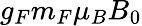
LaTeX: g_{F}m_{F}\mu_{B}B_{0}